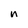
Character: n